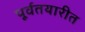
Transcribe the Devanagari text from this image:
पूर्वतयारीत